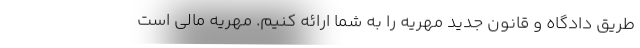
طریق دادگاه و قانون جدید مهریه را به شما ارائه کنیم. مهریه مالی است